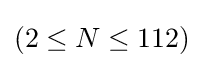
(2\leq N\leq 112)